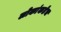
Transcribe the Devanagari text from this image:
लोकांकडेच